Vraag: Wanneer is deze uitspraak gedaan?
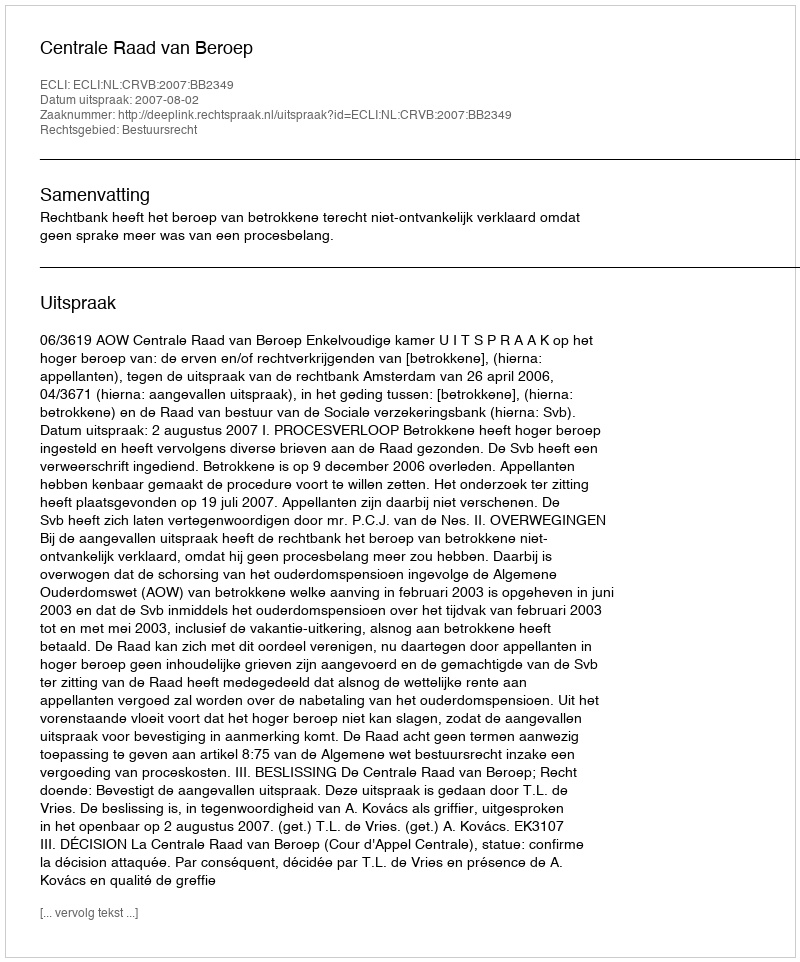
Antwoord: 2007-08-02